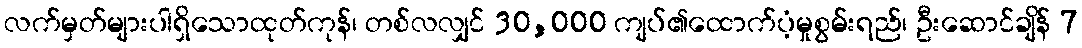
လက်မှတ်များပါရှိသောထုတ်ကုန်၊ တစ်လလျှင် 30,000 ကျပ်၏ထောက်ပံ့မှုစွမ်းရည်၊ ဦးဆောင်ချိန် 7